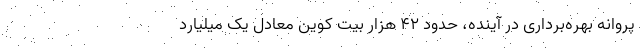
پروانه بهره‌برداری در آینده، حدود ۴۲ هزار بیت کوین معادل یک میلیارد